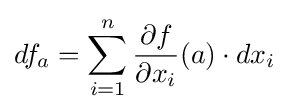
df_{a}=\sum _{i=1}^{n}{\frac {\partial f}{\partial x_{i}}}(a)\cdot dx_{i}